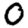
Digit: 0